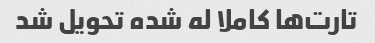
تارت‌ها کاملا له شده تحویل شد